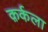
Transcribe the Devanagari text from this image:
क़र्कला